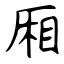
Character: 厢